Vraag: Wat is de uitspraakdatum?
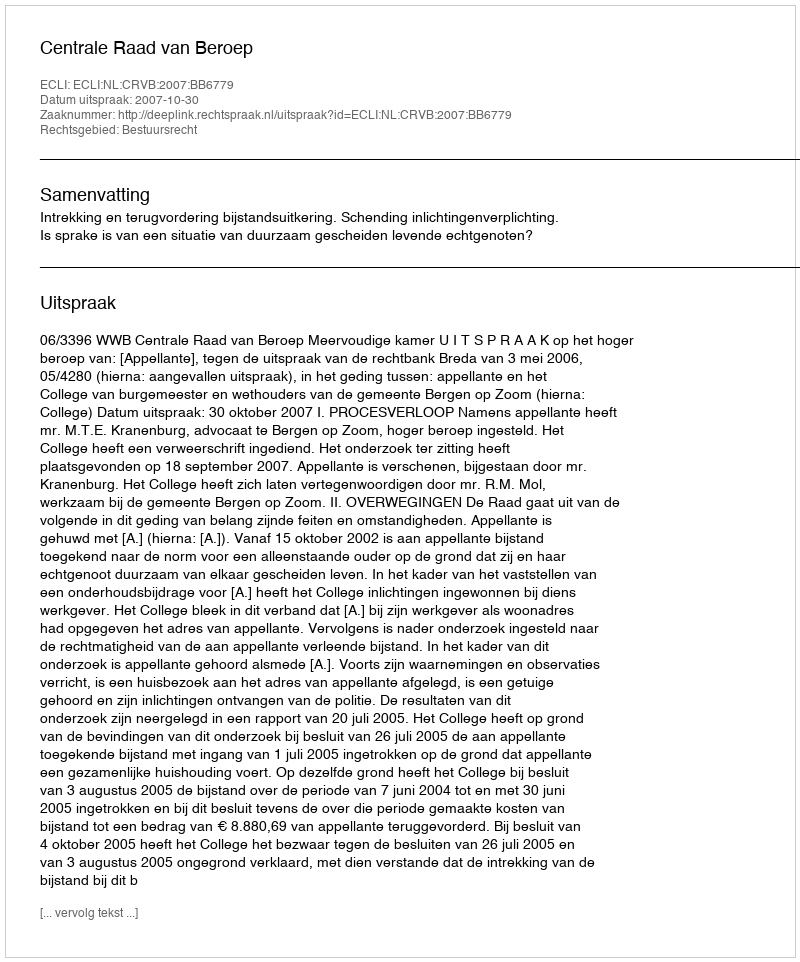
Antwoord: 2007-10-30